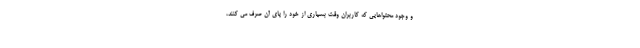
و وجود محتواهایی که کاربران وقت بسیاری از خود را پای آن صرف می کنند،